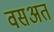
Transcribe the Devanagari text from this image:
वसअत